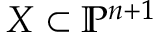
X \subset \mathbb { P } ^ { n + 1 }